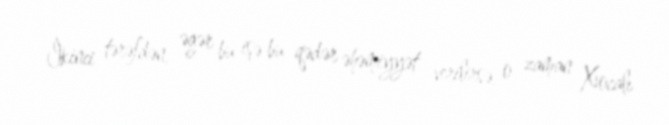
İkinci tərəfdən, əgər bu işə bu qədər əhəmiyyət verilirsə, o zaman Xocalı